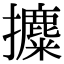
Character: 攗